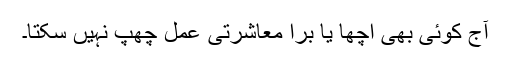
آج کوئی بھی اچھا یا برا معاشرتی عمل چھپ نہیں سکتا۔